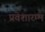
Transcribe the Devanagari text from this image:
प्रवेशारम्भ